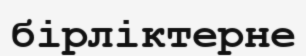
бірліктерне